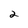
Character: 2